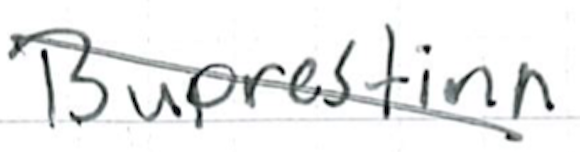
Text: Buprestina.
Cross-out: mix
Writing tool: ballpoint